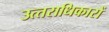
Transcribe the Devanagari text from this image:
उत्‍तराधिकारों